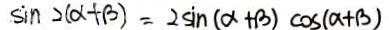
\sin 2 ( \alpha + \beta ) = 2 \sin ( \alpha + \beta ) \cos ( a + \beta )